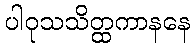
ပါဝုသသိတ္ထကာနနေ